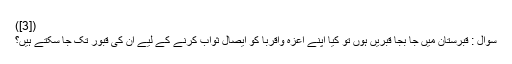
([3])
سُوال : قبرستان میں جا بجا قبریں ہوں تو کیا اپنے اَعِزہ واَقرِبا کو اِیصالِ ثواب کرنے کے لیے ان کی قبور تک جا سکتے ہیں؟